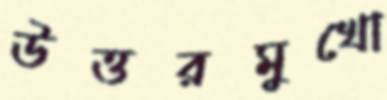
উত্তরমুখো